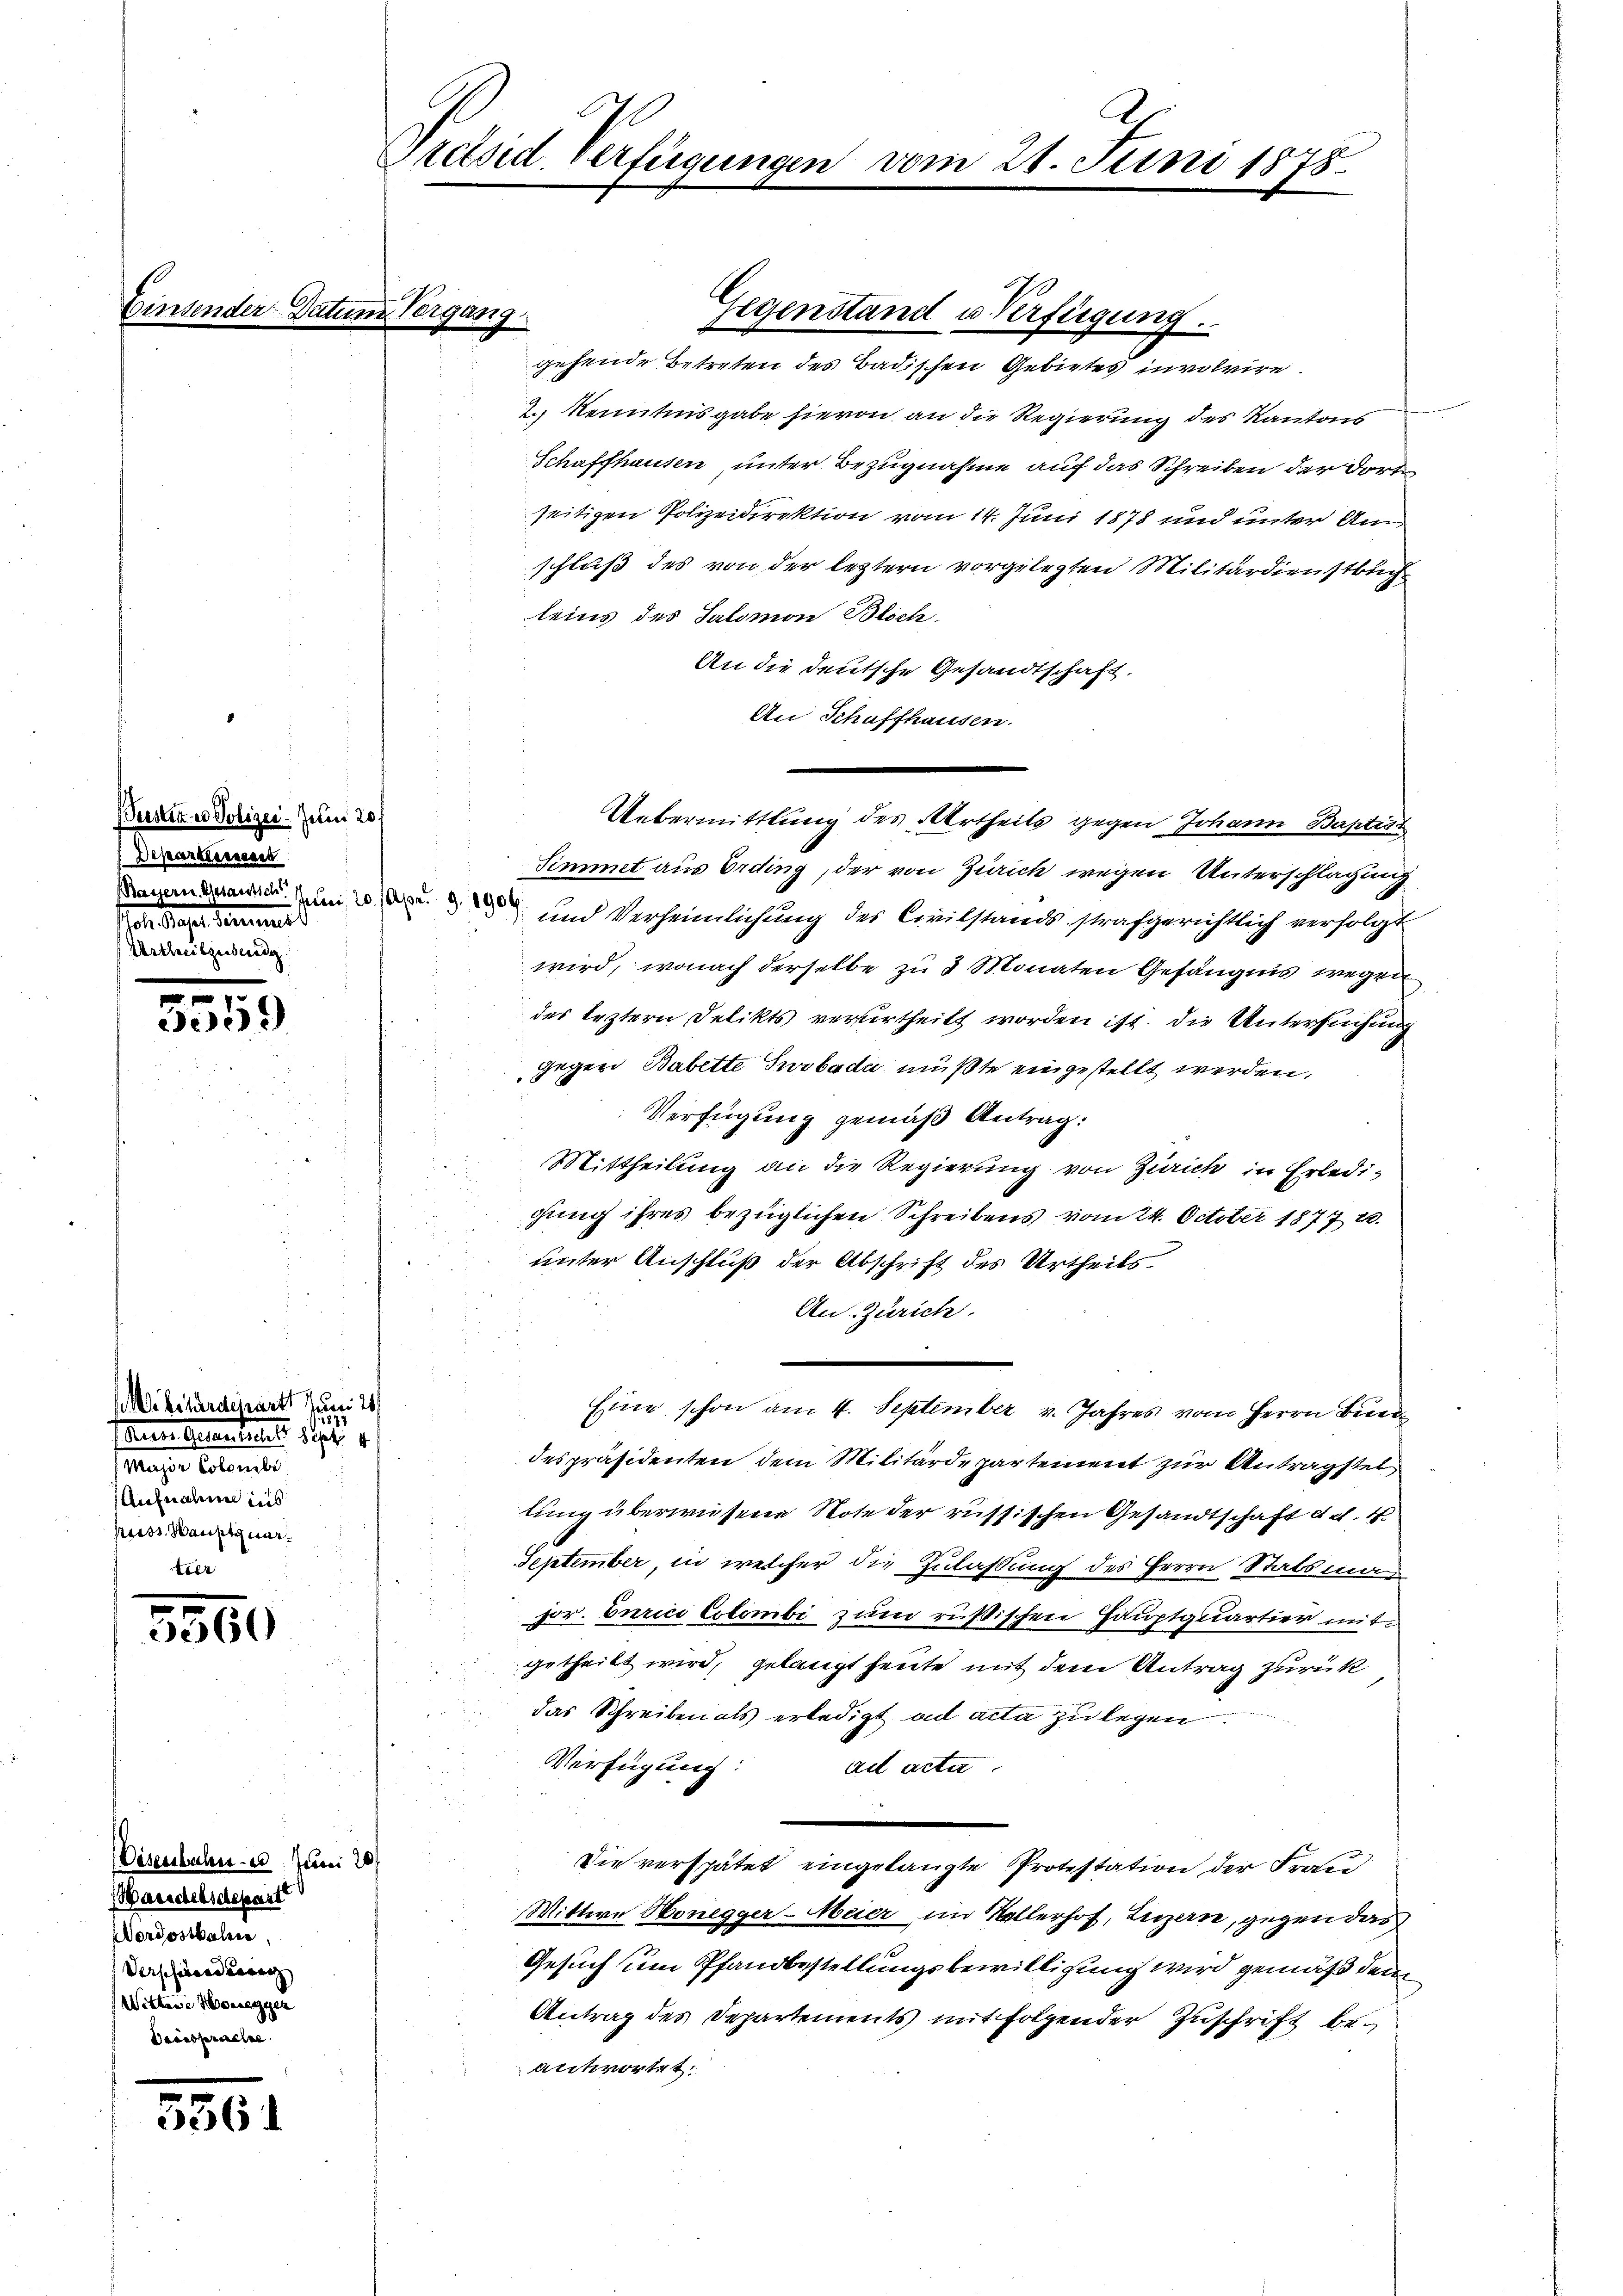
Justi
Depes

u

2
59)

eEitärdepart Juni 21
s
faren Altanteres Sept. 1
Mager Petents
Aufnahme ins
ist anste mar¬
Ver

5560

isenbahn 20. Juni 20
Harsdelsdepart
Vordostbahnen.
Verschiederung
Wittene Honegger
Bainsprache.

5361

Polizei Juni 20.
einen
autet: 1. 20. Apr. 9. 1906
ll

Présid verfügungen

h

Ergang

gehende Betreten des Badischen Gebietes involvire.
2.) Kenntnisgabe hievon an die Regierung des Kantons
Schaffhausen unter Bezugnahme auf das Schreiben der dort
seitigen Polizeidirektion vom 14. Juni 1878 und unter Amschluß des von der leztern vorgelegten Militärdienstbuch
leins des Salomon Blich
An die deutsche Gesandtschaft.
An Schaffhausen.
Simmet aus Erding, der von Zürich wegen Unterschlagung
und Verheimlichung des Civilstands strafgerichtlich verfolgt
wird, wonach derselbe zu 3 Monaten Gefängnis wegen
des leztern Delikts verurtheilt worden ist. Die Untersuchung
gegen Babette Swobada mußte eingestellt werden,
Verfügung gemäß Antrag:
Mittheilung an die Regierung von Zürich in Erledigung ihres bezüglichen Schreibens vom 24. October 1877. 20.
unter Anschluß der Abschrift des Urtheils
An-Zürich.
Eine schon am 4. September v. Jahres vom Herrn Bund
despräsidenten dem Militärdepartement zur Antragstel
lung überwiesene Note der russischen Gesandtschaft d. d. 4.
September, in welcher die Zulassung des Herrn Statsman
For. Curici Cstömbi zum rußischen Hauptquartier mit
getheilt wird, gelangt heute mit dem Antrag zurück
das Schreiben als erledigt ad acta zu legen
Verfügung:
ad acte
Die verspätet eingelangte Protestation der Frau
Wittwe Honegger-Meier im Kallerhof, Luzern, gegen das
Gesuch um Pfandbestellungsbewilligung wird gemäß dem
Antrag des Departements mit folgender Zuschrift beantwortet.

m 21. Juni 1878.

Gegenstand u Verfügung.

Uebermittlung des Urtheils gegen Johann Baptist